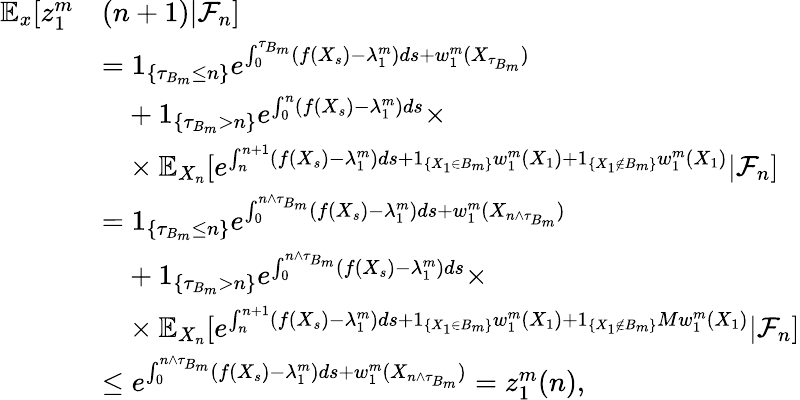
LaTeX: \begin{array}{rl}{\mathbb{E}_{x}[z_{1}^{m}}&{(n+1)|\mathcal{F}_{n}]}\\ &{=1_{\{ \tau_{B_{m}}\leq n\} }e^{\int_{0}^{\tau_{B_{m}}}(f(X_{s})-\lambda_{1}^{m})ds+w_{1}^{m}(X_{\tau_{B_{m}}})}}\\ &{\phantom{=}+1_{\{ \tau_{B_{m}}>n\} }e^{\int_{0}^{n}(f(X_{s})-\lambda_{1}^{m})ds}\times}\\ &{\phantom{=}\times\mathbb{E}_{X_{n}}[e^{\int_{n}^{n+1}(f(X_{s})-\lambda_{1}^{m})ds+1_{\{ X_{1}\in B_{m}\} }w_{1}^{m}(X_{1})+1_{\{ X_{1}\notin B_{m}\} }w_{1}^{m}(X_{1})}|\mathcal{F}_{n}]}\\ &{=1_{\{ \tau_{B_{m}}\leq n\} }e^{\int_{0}^{n\wedge\tau_{B_{m}}}(f(X_{s})-\lambda_{1}^{m})ds+w_{1}^{m}(X_{n\wedge\tau_{B_{m}}})}}\\ &{\phantom{=}+1_{\{ \tau_{B_{m}}>n\} }e^{\int_{0}^{n\wedge\tau_{B_{m}}}(f(X_{s})-\lambda_{1}^{m})ds}\times}\\ &{\phantom{=}\times\mathbb{E}_{X_{n}}[e^{\int_{n}^{n+1}(f(X_{s})-\lambda_{1}^{m})ds+1_{\{ X_{1}\in B_{m}\} }w_{1}^{m}(X_{1})+1_{\{ X_{1}\notin B_{m}\} }Mw_{1}^{m}(X_{1})}|\mathcal{F}_{n}]}\\ &{\leq e^{\int_{0}^{n\wedge\tau_{B_{m}}}(f(X_{s})-\lambda_{1}^{m})ds+w_{1}^{m}(X_{n\wedge\tau_{B_{m}}})}=z_{1}^{m}(n),}\end{array}